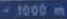
-1000m